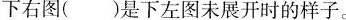
下右图( )是下左图未展开时的样子。